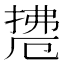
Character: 𱠟